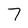
Character: 7